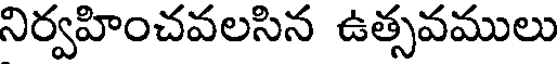
నిర్వహించవలసిన ఉత్సవములు